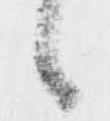
々